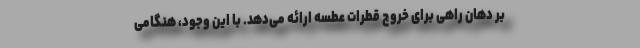
بر دهان راهی برای خروج قطرات عطسه ارائه می‌دهد. با این وجود، هنگامی